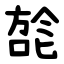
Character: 旕